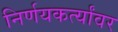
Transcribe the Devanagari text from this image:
निर्णयकर्त्यांवर